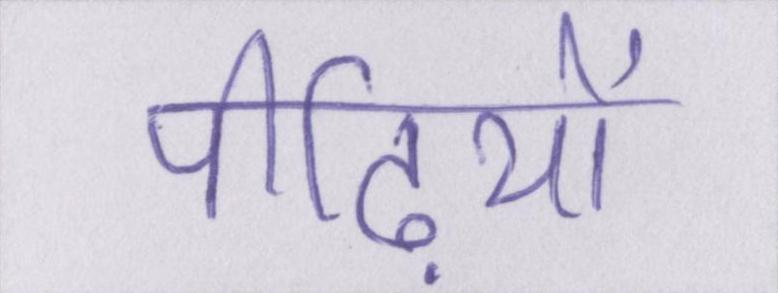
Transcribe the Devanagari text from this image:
पीढ़ियों